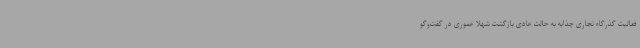
فعالیت گذرگاه تجاری چذابه به حالت عادی بازگشت شهلا عموری در گفت‌وگو